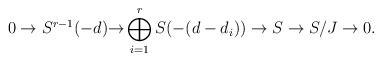
LaTeX: \begin{align*} 0 \to S^{r-1}(-d) {\to} \bigoplus_{i=1}^r S(-(d-d_i)) \to S \to S/J \to 0. \end{align*}